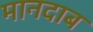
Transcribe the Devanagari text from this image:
मानदाब